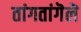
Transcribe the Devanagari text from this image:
तांगतांगॆलॆ